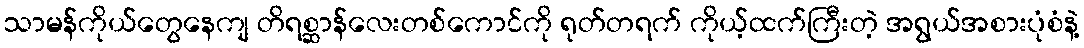
သာမန်ကိုယ်တွေနေကျ တိရစ္ဆာန်လေးတစ်ကောင်ကို ရုတ်တရက် ကိုယ့်ထက်ကြီးတဲ့ အရွယ်အစားပုံစံနဲ့